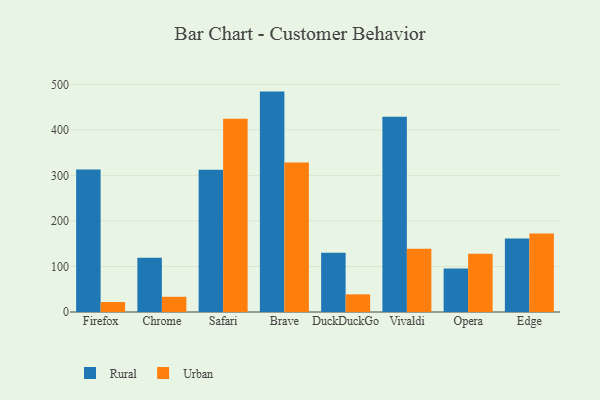
{"axis": {"x": "Browser", "y": "Page Views"}, "legend": ["Rural", "Urban"], "data": [{"x": "Firefox", "y": 313.2, "type": "Rural"}, {"x": "Firefox", "y": 21.9, "type": "Urban"}, {"x": "Chrome", "y": 118.9, "type": "Rural"}, {"x": "Chrome", "y": 33.4, "type": "Urban"}, {"x": "Safari", "y": 312.6, "type": "Rural"}, {"x": "Safari", "y": 424.2, "type": "Urban"}, {"x": "Brave", "y": 484.1, "type": "Rural"}, {"x": "Brave", "y": 328.1, "type": "Urban"}, {"x": "DuckDuckGo", "y": 130.1, "type": "Rural"}, {"x": "DuckDuckGo", "y": 38.8, "type": "Urban"}, {"x": "Vivaldi", "y": 429.1, "type": "Rural"}, {"x": "Vivaldi", "y": 139.0, "type": "Urban"}, {"x": "Opera", "y": 95.8, "type": "Rural"}, {"x": "Opera", "y": 127.7, "type": "Urban"}, {"x": "Edge", "y": 161.5, "type": "Rural"}, {"x": "Edge", "y": 172.3, "type": "Urban"}]}